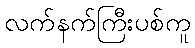
လက်နက်ကြီးပစ်ကူ